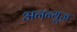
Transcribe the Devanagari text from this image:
अनन्यूज़